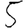
Digit: 5